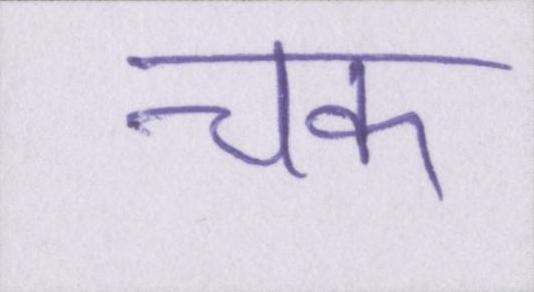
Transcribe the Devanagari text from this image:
चक